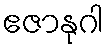
ဧဇာနုဂါ